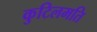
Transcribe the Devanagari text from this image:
कुटिलमति